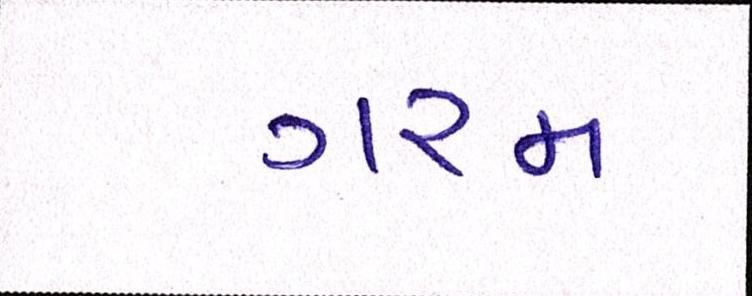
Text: ગરમ